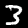
Label: 3